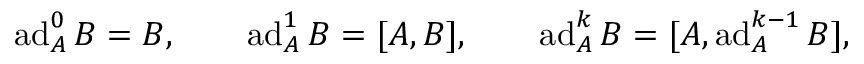
\begin{array} { r } { \operatorname { a d } _ { A } ^ { 0 } B = B , \qquad \operatorname { a d } _ { A } ^ { 1 } B = [ A , B ] , \qquad \operatorname { a d } _ { A } ^ { k } B = [ A , \operatorname { a d } _ { A } ^ { k - 1 } B ] , } \end{array}